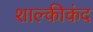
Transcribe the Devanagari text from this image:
शाल्कीकंद